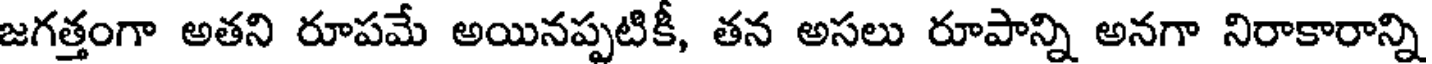
జగత్తంగా అతని రూపమే అయినప్పటికీ, తన అసలు రూపాన్ని అనగా నిరాకారాన్ని